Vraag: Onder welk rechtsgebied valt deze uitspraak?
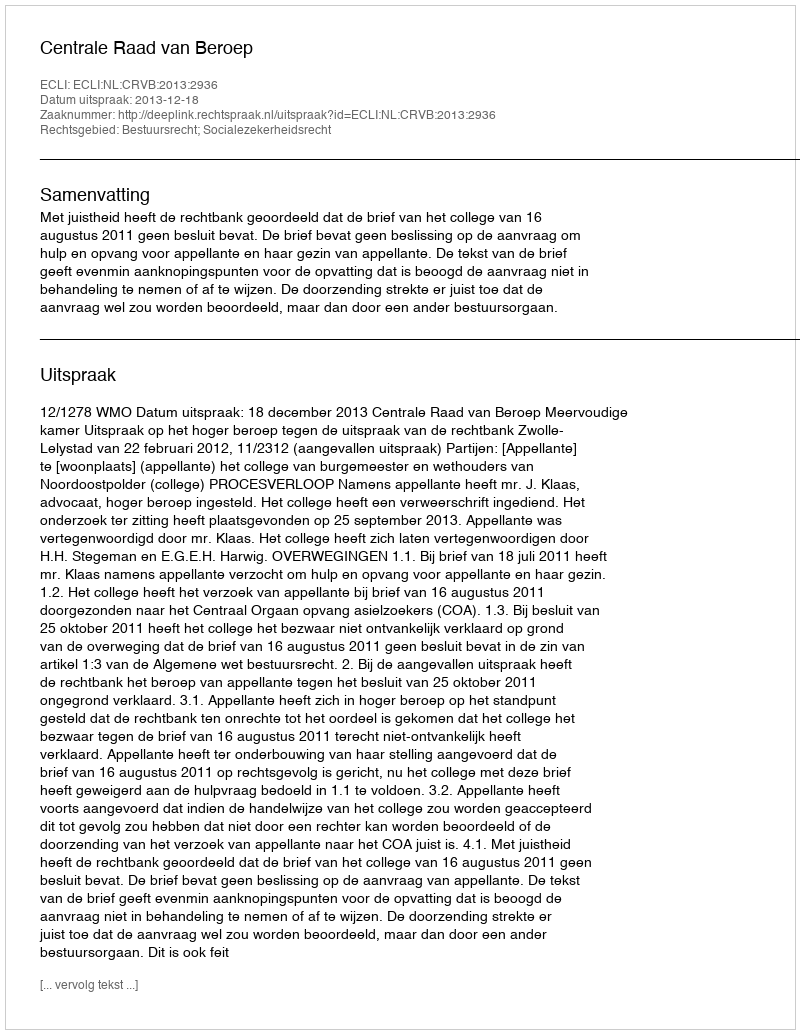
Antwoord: Bestuursrecht; Socialezekerheidsrecht